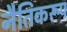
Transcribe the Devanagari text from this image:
नैतिकरूप